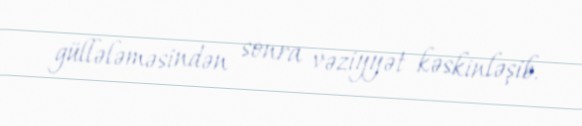
güllələməsindən sonra vəziyyət kəskinləşib.